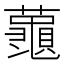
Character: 𮒮